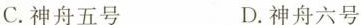
C.神舟五号 D.神舟六号